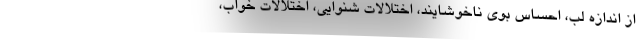
از اندازه لب، احساس بوی ناخوشایند، اختلالات شنوایی، اختلالات خواب،